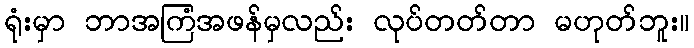
ရုံးမှာ ဘာအကြံအဖန်မှလည်း လုပ်တတ်တာ မဟုတ်ဘူး။